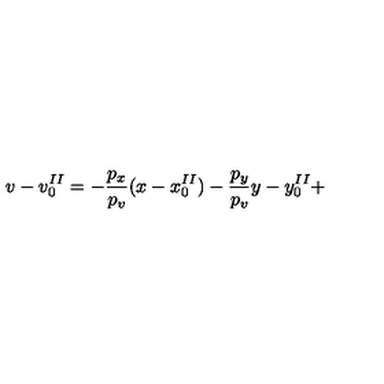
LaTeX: v - v _ { 0 } ^ { I I } = - \frac { p _ { x } } { p _ { v } } ( x - x _ { 0 } ^ { I I } ) - \frac { p _ { y } } { p _ { v } } y - y _ { 0 } ^ { I I } +